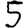
Digit: 5